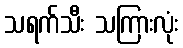
သရက်သီး သကြားလုံး